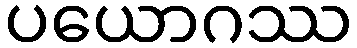
ပယောဂဿ